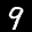
Label: 9